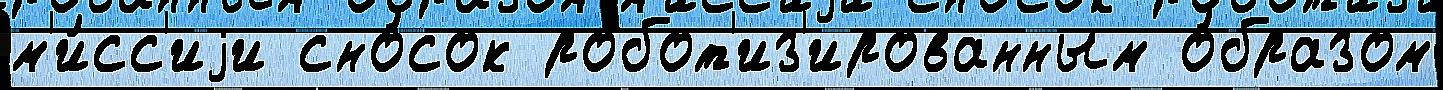
м'и́сс'иjи сно́сок робот'из'ированным о́бразом